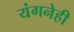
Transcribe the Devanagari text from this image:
यंगनेही